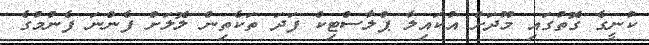
ކުނީގެ ގޮތުގައި މޫދަށް އުކައިލާ ޕްލާސްޓިކް ފަދަ ތަކެތިން ލޮލަށް ފެންނަ ފެނުމުގެ